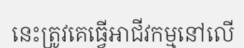
នេះត្រូវគេធ្វើអាជីវកម្មនៅលើ